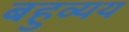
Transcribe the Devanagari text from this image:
बहुव्यय